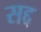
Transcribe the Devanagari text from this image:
सद्द